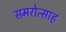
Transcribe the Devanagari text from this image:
समरोत्साह